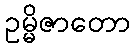
ဥမ္မိဇာတော